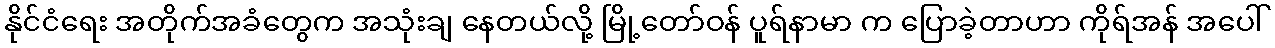
နိုင်ငံရေး အတိုက်အခံတွေက အသုံးချ နေတယ်လို့ မြို့တော်ဝန် ပူရ်နာမာ က ပြောခဲ့တာဟာ ကိုရ်အန် အပေါ်